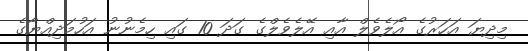
މިދިޔަ އަހަރުގެ އޯލެވެލް އާއި އޭލެވެލްގެ ގަދަ 10 ގައި ހިމެނުނު އަހުމަދިއްޔާގެ